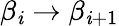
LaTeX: \beta_{\mathit{i}}\to\beta_{\mathit{i}+1}